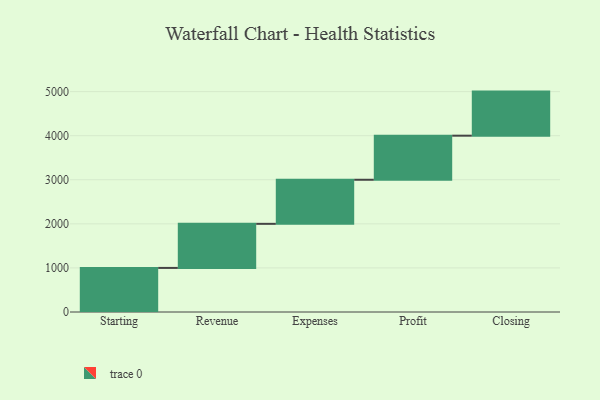
{"axis": {"x": "Step", "y": "Value"}, "legend": [""], "data": [{"x": "Starting", "y": 1000, "type": ""}, {"x": "Revenue", "y": 1000, "type": ""}, {"x": "Expenses", "y": 1000, "type": ""}, {"x": "Profit", "y": 1000, "type": ""}, {"x": "Closing", "y": 1000, "type": ""}]}